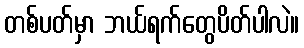
တစ်ပတ်မှာ ဘယ်ရက်တွေပိတ်ပါလဲ။